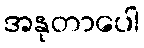
အနုတာပေါ